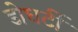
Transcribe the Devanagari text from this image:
डोघर्टी